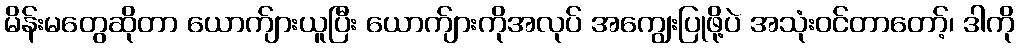
မိန်းမတွေဆိုတာ ယောက်ျားယူပြီး ယောက်ျားကိုအလုပ် အကျွေးပြုဖို့ပဲ အသုံးဝင်တာတော့်၊ ဒါကို